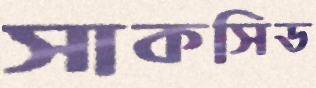
সাকসিড